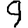
Digit: 9